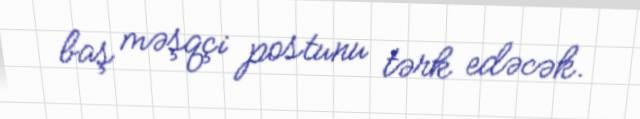
baş məşqçi postunu tərk edəcək.